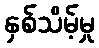
နှစ်သိမ့်မှု